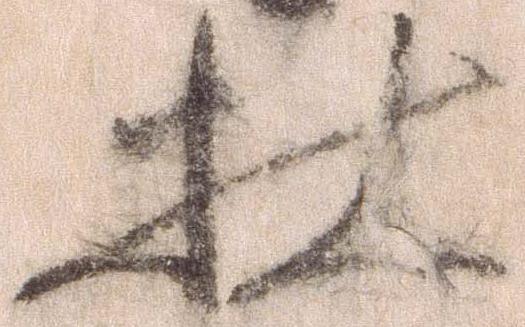
社